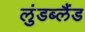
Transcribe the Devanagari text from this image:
लुंडब्लैंड